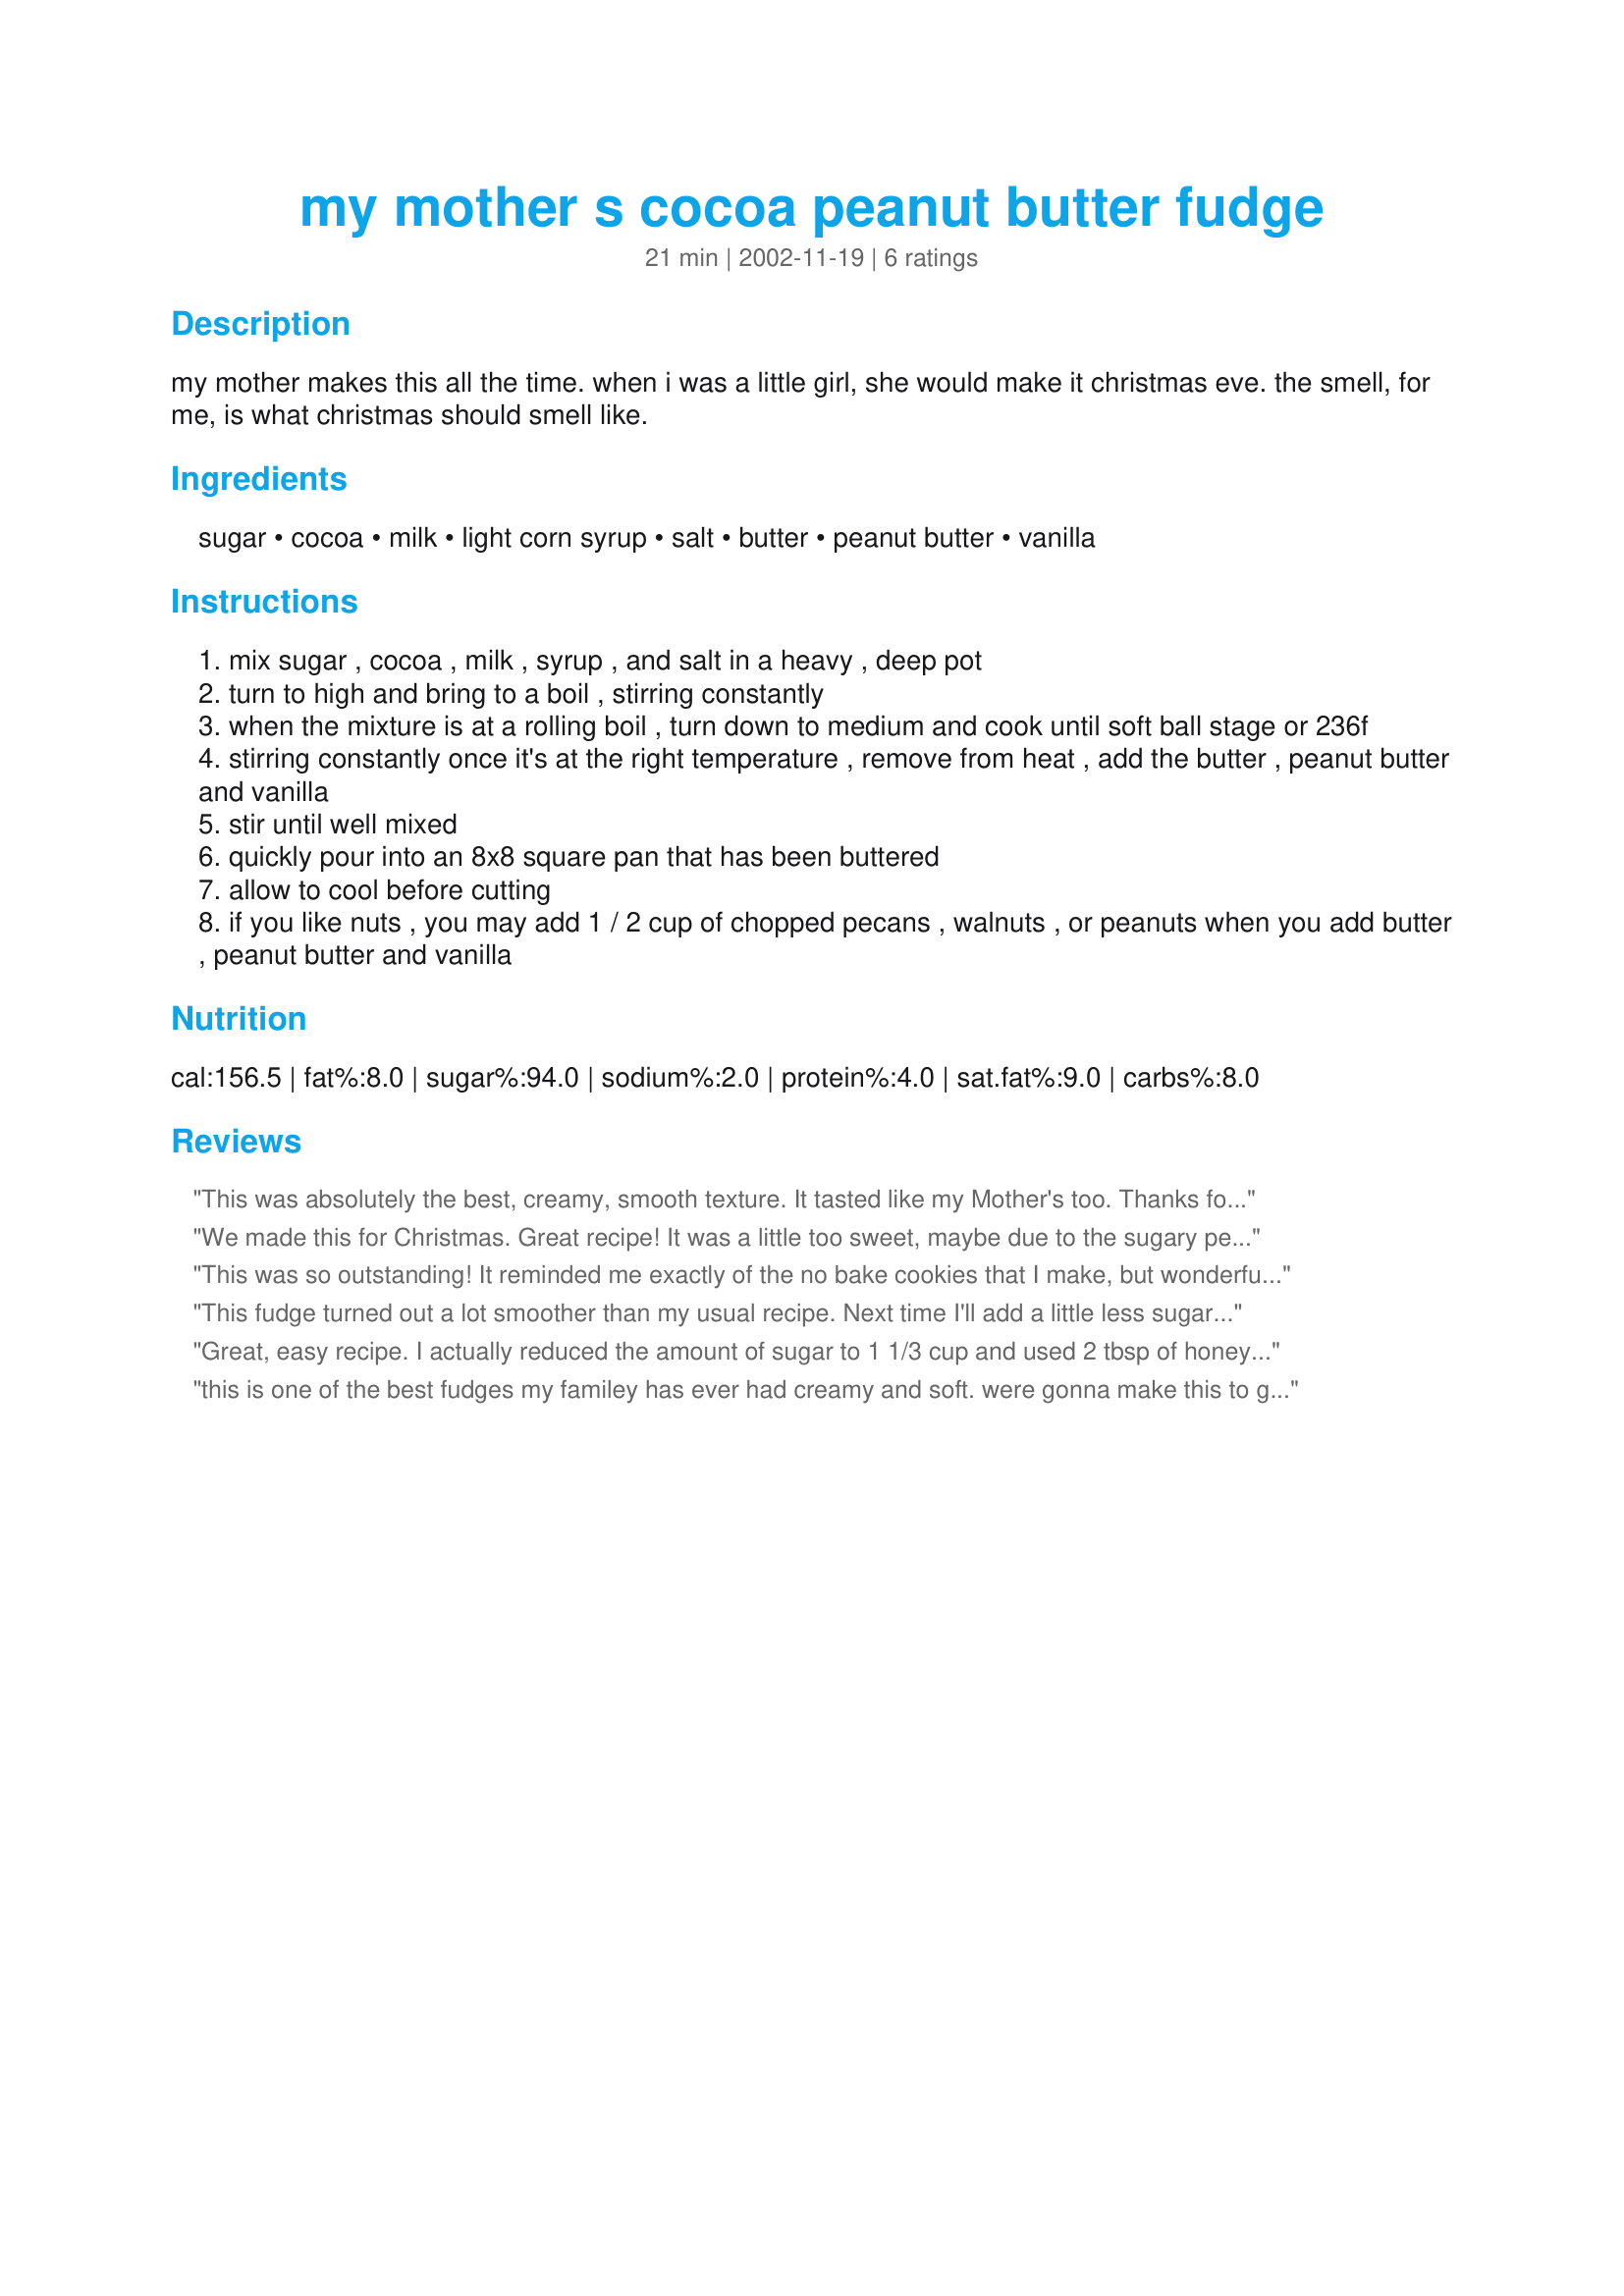
my mother s cocoa peanut butter fudge
Preparation time: 21 minutes

my mother makes this all the time. when i was a little girl, she would make it christmas eve. the smell, for me, is what christmas should smell like.

Ingredients:
sugar, cocoa, milk, light corn syrup, salt, butter, peanut butter, vanilla

Steps:
mix sugar , cocoa , milk , syrup , and salt in a heavy , deep pot
turn to high and bring to a boil , stirring constantly
when the mixture is at a rolling boil , turn down to medium and cook until soft ball stage or 236f
stirring constantly once it's at the right temperature , remove from heat , add the butter , peanut butter and vanilla
stir until well mixed
quickly pour into an 8x8 square pan that has been buttered
allow to cool before cutting
if you like nuts , you may add 1 / 2 cup of chopped pecans , walnuts , or peanuts when you add butter , peanut butter and vanilla

Reviews:
This was absolutely the best, creamy, smooth texture. It tasted like my Mother's too. Thanks for sharing. Jackie C
We made this for Christmas. Great recipe!

It was a little too sweet, maybe due to the sugary peanut butter we used, so the second time we made it we reduced the sugar by a few tablespoons.

This was so outstanding! It reminded me exactly of the no bake cookies that I make, but wonderful creamy texture instead of oatie. I love it and so does my whole family. It was intended for a cookie exchange, but my family refuses to let it go!
This fudge turned out a lot smoother than my usual recipe. Next time I'll add a little less sugar. It didn't fill out the 8x8 pan, next time I'll just use a smaller pan. Also it hardens quickly, so smooth it into the pan right away. Yum!
Great, easy recipe. I actually reduced the amount of sugar to 1 1/3 cup and used 2 tbsp of honey instead of corn syrup, didn't add the vanilla simply because the bottle was crusted shut, and it still turned out wonderful! It didn't seem to fill the 8x8 pan very well, but that's the only downside. It tastes great!
this is one of the best fudges my familey has ever had creamy and soft. were gonna make this to go in our christmas baskets
